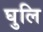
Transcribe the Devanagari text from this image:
घुलि